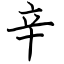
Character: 辛